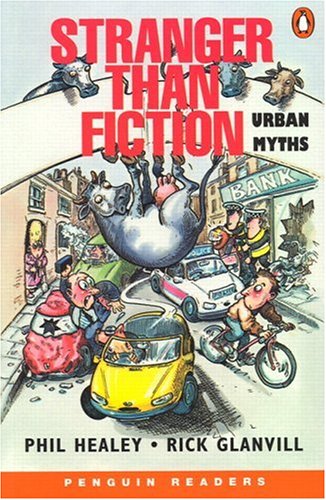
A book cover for Stranger than Fiction: Urban Myths (Penguin Readers, Level 2); Healey; Humor & Entertainment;